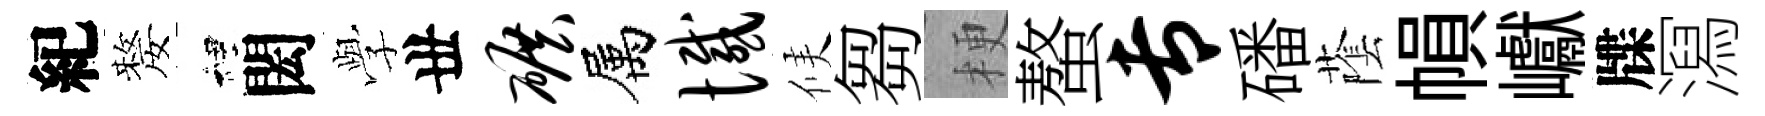
紀嫠裡閎𫝯丗碾属憾候芻梗螯专磻䕃𢄙巘牒㵼